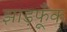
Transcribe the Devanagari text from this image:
झाड़फूँक